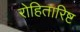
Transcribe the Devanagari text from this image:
रोहितारिष्ट